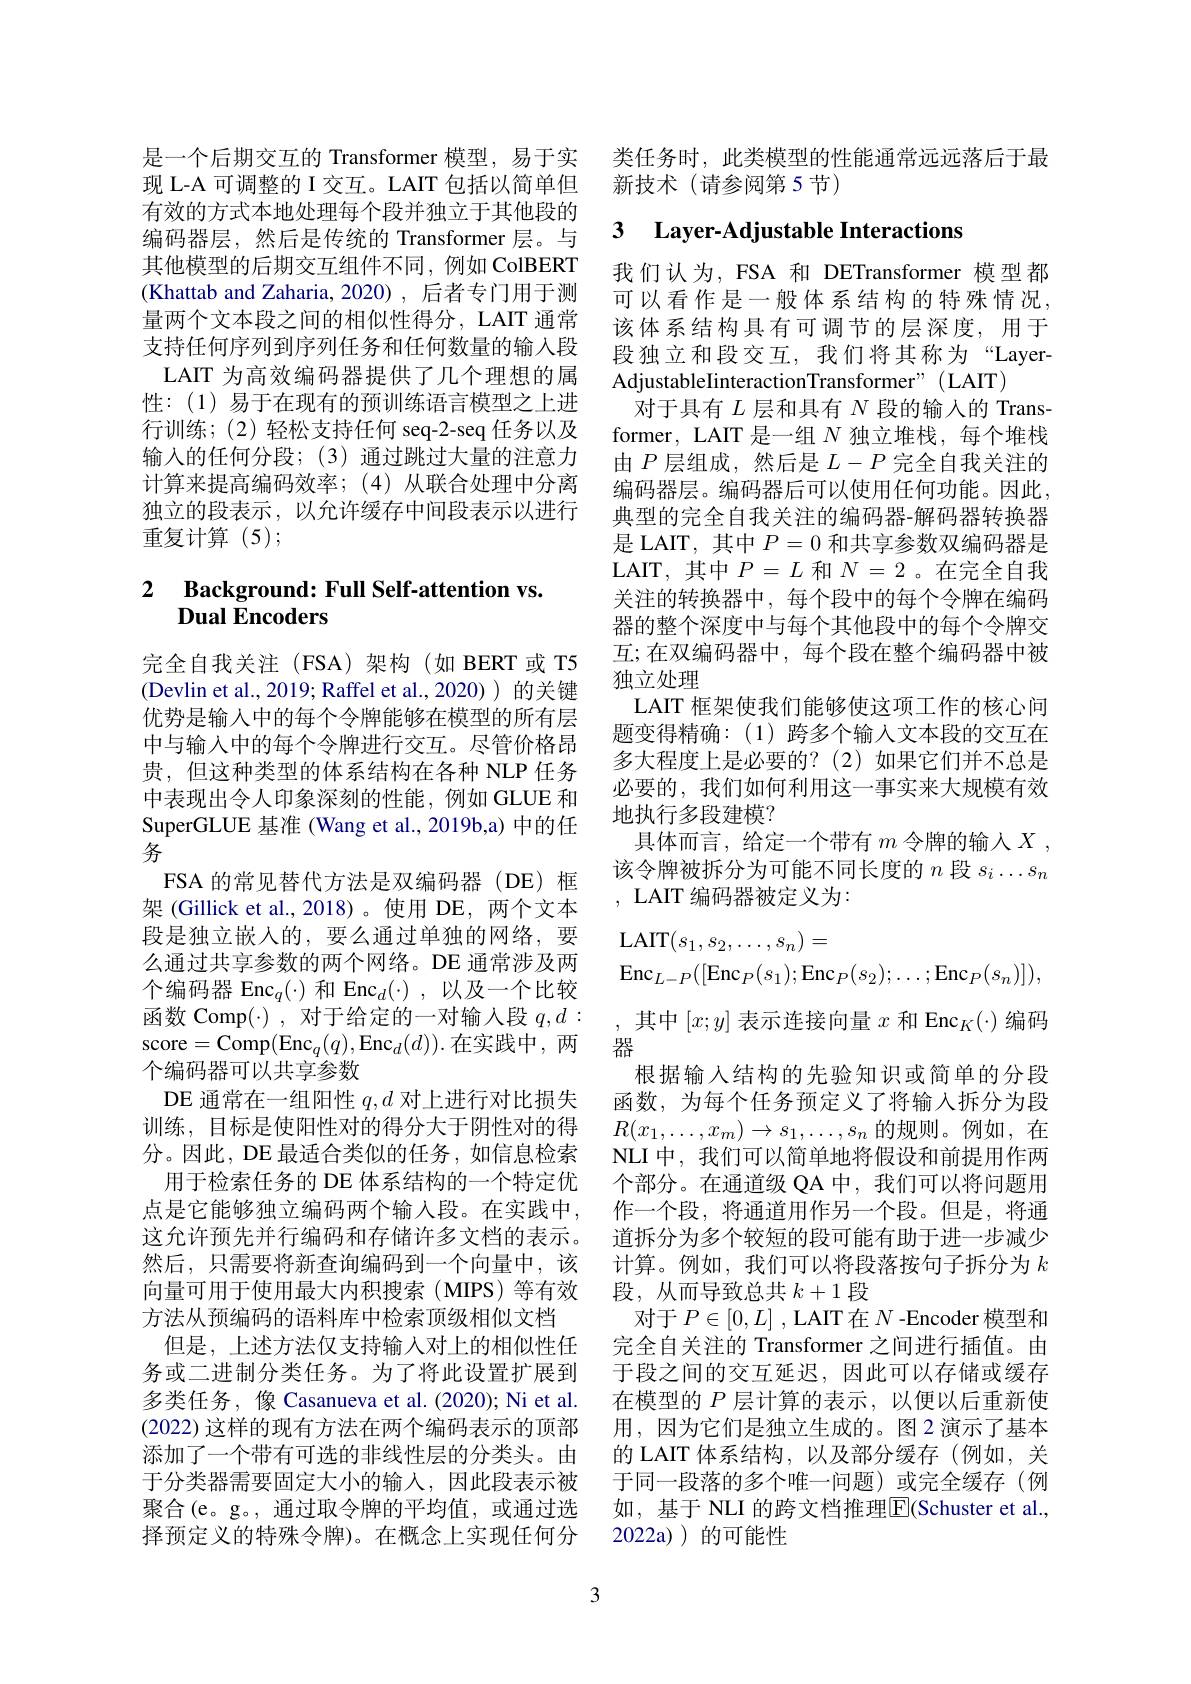
现 L-A 可调整的 I 交互。LAIT 包括以简单但有效的方式本地处理每个段并独立于其他段的编码器层，然后是传统的 Transformer 层。与其他模型的后期交互组件不同，例如 ColBERT (Khattab and Zaharia, 2020) , 后者专门用于测量两个文本段之间的相似性得分，LAIT 通常支持任何序列到序列任务和任何数量的输入段LAIT 为高效编码器提供了几个理想的属性：(1)易于在现有的预训练语言模型之上进行训练；(2)轻松支持任何 seq-2-seq 任务以及输入的任何分段；(3)通过跳过大量的注意力计算来提高编码效率；(4)从联合处理中分离独立的段表示，以允许缓存中间段表示以进行重复计算(5);

# 2 Background: Full Self-attention vs. Dual Encoders

完全自我关注(FSA)架构(如 BERT 或 T5 (Devlin et al., 2019; Raffel et al.,2020))的关键优势是输入中的每个令牌能够在模型的所有层中与输入中的每个令牌进行交互。尽管价格昂贵，但这种类型的体系结构在各种 NLP 任务中表现出令人印象深刻的性能，例如 GLUE 和SuperGLUE 基准 (Wang et al., 2019b,a) 中的任务
FSA 的常见替代方法是双编码器(DE)框架 (Gillick et al.,2018)。使用 DE, 两个文本段是独立嵌入的，要么通过单独的网络，要么通过共享参数的两个网络。DE 通常涉及两个编码器 Enc$_q(\cdot)\text{ 和 Enc}_d(\cdot)$,以及一个比较函数 Comp(·), 对于给定的一对输入段$q,d:$ score=Comp(E$nc_q( q) $,E$nc_d( d) ) .$在实践中，两个编码器可以共享参数
DE 通常在一组阳性$q,d$对上进行对比损失训练，目标是使阳性对的得分大于阴性对的得分。因此，DE 最适合类似的任务 ,如信息检索
用于检索任务的 DE 体系结构的一个特定优点是它能够独立编码两个输入段。在实践中， 这允许预先并行编码和存储许多文档的表示。然后，只需要将新查询编码到一个向量中，该向量可用于使用最大内积搜索 (MIPS) 等有效 段，从而导致总共$k+1$段
方法从预编码的语料库中检索顶级相似文档
但是，上述方法仅支持输人对上的相似性任务或二进制分类任务。为了将此设置扩展到多类任务，像 Casanueva et al. (2020); Ni et al. (2022)这样的现有方法在两个编码表示的顶部添加了一个带有可选的非线性层的分类头。由于分类器需要固定大小的输入，因此段表示被聚合(e。g。,通过取令牌的平均值，或通过选择预定义的特殊令牌)。在概念上实现任何分

3

是一个后期交互的 Transformer 模型，易于实 类任务时，此类模型的性能通常远远落后于最
新技术(请参阅第5节)

## 3 Layer-Adjustable Interactions

我们认为，FSA 和 DETransformer 模型都可以看作是一般体系结构的特殊情况， 该体系结构具有可调节的层深度，用于段独立和段交互，我们将其称为“LayerAdjustableIinteractionTransformer" (LAIT)
对于具有$L$层和具有$N$段的输入的 Transformer, LAIT 是一组$N$独立堆栈，每个堆栈由$P$层组成，然后是$L-P$完全自我关注的编码器层。编码器后可以使用任何功能。因此， 典型的完全自我关注的编码器-解码器转换器是 LAIT, 其中$P=0$和共享参数双编码器是LAIT, 其中$P=L$和$N=2$ 。在完全自我关注的转换器中，每个段中的每个令牌在编码器的整个深度中与每个其他段中的每个令牌交互；在双编码器中，每个段在整个编码器中被独立处理
LAIT 框架使我们能够使这项工作的核心问题变得精确：(1)跨多个输入文本段的交互在多大程度上是必要的？(2)如果它们并不总是必要的，我们如何利用这一事实来大规模有效地执行多段建模？
具体而言，给定一个带有$m$令牌的输入$X$ , 该令牌被拆分为可能不同长度的$n$段$s_i\ldots s_n$ , LAIT 编码器被定义为：
$$\begin{array}{l}\mathrm{LAIT}(s_1,s_2,\ldots,s_n)=\\\mathrm{Enc}_{L-P}([\mathrm{Enc}_P(s_1);\mathrm{Enc}_P(s_2);\ldots;\mathrm{Enc}_P(s_n)]),\end{array}$$
,其中$[x;y]$表示连接向量$x\text{ 和 Enc}_K(\cdot)$编码
器
根据输入结构的先验知识或简单的分段函数，为每个任务预定义了将输入拆分为段$R(x_1,\ldots,x_m)\to s_1,\ldots,s_n$的规则。例如，在NLI 中，我们可以简单地将假设和前提用作两个部分。在通道级 QA 中，我们可以将问题用作一个段，将通道用作另一个段。但是，将通道拆分为多个较短的段可能有助于进一步减少计算。例如，我们可以将段落按句子拆分为$k$
对于$P\in[0,L]$ , LAIT 在$N$ -Encoder 模型和完全自关注的 Transformer 之间进行插值。由于段之间的交互延迟，因此可以存储或缓存在模型的$P$层计算的表示，以便以后重新使用，因为它们是独立生成的。图 2 演示了基本的 LAIT 体系结构，以及部分缓存(例如，关于同一段落的多个唯一问题)或完全缓存(例如，基于 NLI 的跨文档推理E$( Schuster et al. $, 2022a) ) 的可能性